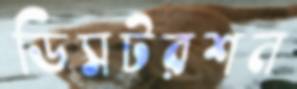
ডিসটরশন